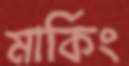
মার্কিং